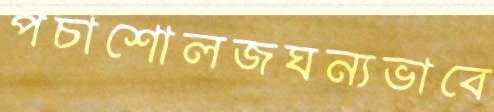
পচাশোলজঘন্যভাবে